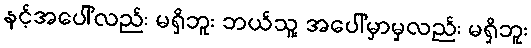
နင့်အပေါ်လည်း မရှိဘူး ဘယ်သူ့ အပေါ်မှာမှလည်း မရှိဘူး